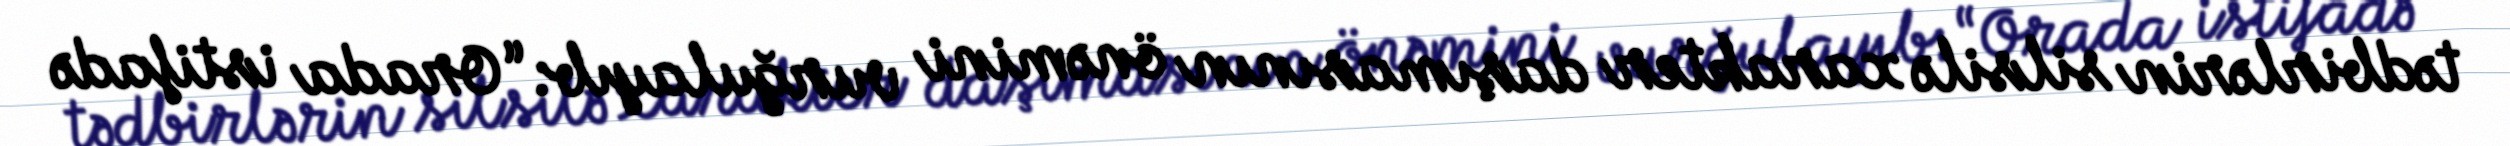
tədbirlərin silsilə xarakter daşımasının önəmini vurğulayıb: “Orada istifadə